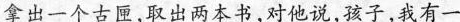
拿出一个古匣，取出两本书，对他说，孩子，我有一